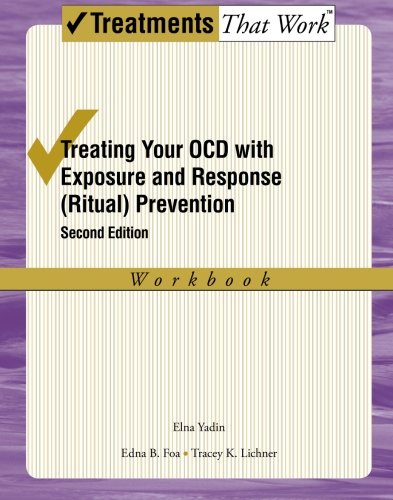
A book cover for Treating Your OCD with Exposure and Response (Ritual) Prevention Therapy: Workbook (Treatments That Work); Elna Yadin; Health, Fitness & Dieting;